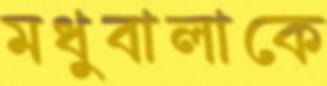
মধুবালাকে